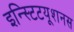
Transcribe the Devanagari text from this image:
इन्स्टिटयूशनस